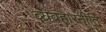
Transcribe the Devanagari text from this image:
व्यवहारनीति